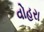
વોહરા